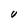
Character: U